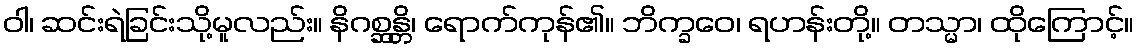
ဝါ၊ ဆင်းရဲခြင်းသို့မူလည်း။ နိဂစ္ဆန္တိ၊ ရောက်ကုန်၏။ ဘိက္ခဝေ၊ ရဟန်းတို့။ တသ္မာ၊ ထိုကြောင့်။